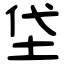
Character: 垈